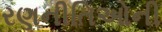
રણનીતિઓની